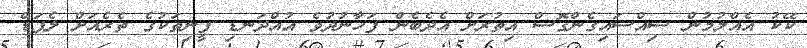
ކޭކު އެއްލުމުން ސިއްސައިގެންގޮސް އިތުރަށް އެދެބެން ފަހާނުދުވެ އުއްދަނޑި ފީނިތަކުގެ ތެރެއަށް ލެޕަޑް